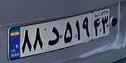
۸۸د۵۱۹۴۳